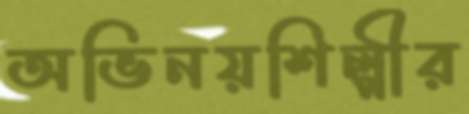
অভিনয়শিল্পীর